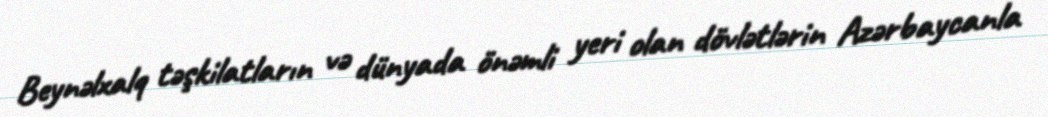
Beynəlxalq təşkilatların və dünyada önəmli yeri olan dövlətlərin Azərbaycanla